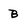
Character: B